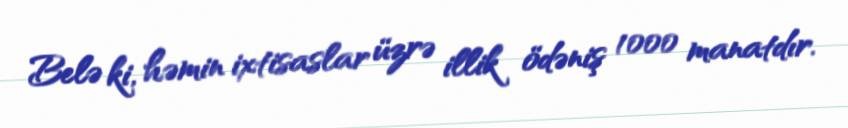
Belə ki, həmin ixtisaslar üzrə illik ödəniş 1000 manatdır.